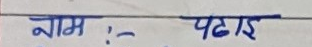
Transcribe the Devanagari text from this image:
नाम :- पढाई